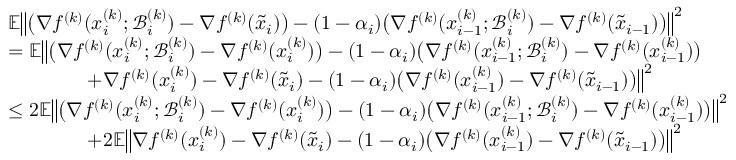
\begin{array} { r l } & { \mathbb { E } \big \| \big ( \nabla f ^ { ( k ) } ( x _ { i } ^ { ( k ) } ; \mathcal { B } _ { i } ^ { ( k ) } ) - \nabla f ^ { ( k ) } ( \tilde { x } _ { i } ) \big ) - ( 1 - \alpha _ { i } ) \big ( \nabla f ^ { ( k ) } ( x _ { i - 1 } ^ { ( k ) } ; \mathcal { B } _ { i } ^ { ( k ) } ) - \nabla f ^ { ( k ) } ( \tilde { x } _ { i - 1 } ) \big ) \big \| ^ { 2 } } \\ & { = \mathbb { E } \big \| \big ( \nabla f ^ { ( k ) } ( x _ { i } ^ { ( k ) } ; \mathcal { B } _ { i } ^ { ( k ) } ) - \nabla f ^ { ( k ) } ( x _ { i } ^ { ( k ) } ) \big ) - ( 1 - \alpha _ { i } ) \big ( \nabla f ^ { ( k ) } ( x _ { i - 1 } ^ { ( k ) } ; \mathcal { B } _ { i } ^ { ( k ) } ) - \nabla f ^ { ( k ) } ( x _ { i - 1 } ^ { ( k ) } ) \big ) } \\ & { \qquad \qquad + \nabla f ^ { ( k ) } ( x _ { i } ^ { ( k ) } ) - \nabla f ^ { ( k ) } ( \tilde { x } _ { i } ) - ( 1 - \alpha _ { i } ) \big ( \nabla f ^ { ( k ) } ( x _ { i - 1 } ^ { ( k ) } ) - \nabla f ^ { ( k ) } ( \tilde { x } _ { i - 1 } ) \big ) \big \| ^ { 2 } } \\ & { \leq 2 \mathbb { E } \big \| \big ( \nabla f ^ { ( k ) } ( x _ { i } ^ { ( k ) } ; \mathcal { B } _ { i } ^ { ( k ) } ) - \nabla f ^ { ( k ) } ( x _ { i } ^ { ( k ) } ) \big ) - ( 1 - \alpha _ { i } ) \big ( \nabla f ^ { ( k ) } ( x _ { i - 1 } ^ { ( k ) } ; \mathcal { B } _ { i } ^ { ( k ) } ) - \nabla f ^ { ( k ) } ( x _ { i - 1 } ^ { ( k ) } ) \big ) \big \| ^ { 2 } } \\ & { \qquad \qquad + 2 \mathbb { E } \big \| \nabla f ^ { ( k ) } ( x _ { i } ^ { ( k ) } ) - \nabla f ^ { ( k ) } ( \tilde { x } _ { i } ) - ( 1 - \alpha _ { i } ) \big ( \nabla f ^ { ( k ) } ( x _ { i - 1 } ^ { ( k ) } ) - \nabla f ^ { ( k ) } ( \tilde { x } _ { i - 1 } ) \big ) \big \| ^ { 2 } } \end{array}